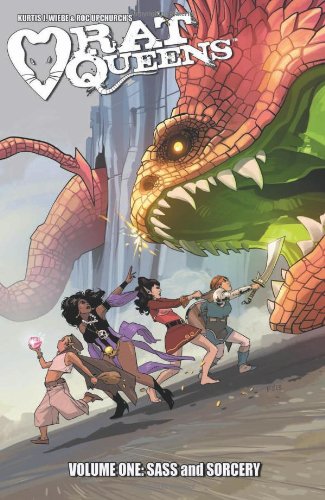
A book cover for Rat Queens Volume 1: Sass & Sorcery TP; Kurtis J. Wiebe; Comics & Graphic Novels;